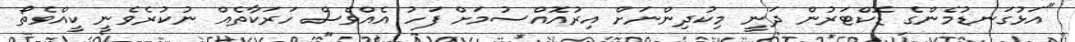
"އަޅުގަނޑުމެންގެ ޑޮކްޓަރުން ދަނީ މިކުދިންނަށް އިރުއޮއްސުމަށް ފަހު އެއްވެސް ހަރަކާތެއް ނުކުރެވެނީ ކީއްވެތޯ